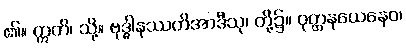
၏။ ဣတိ၊ သို့။ ဗုဒ္ဓါနုဿတိအာဒီသု၊ တို့၌။ ဝုတ္တနယေနေဝ၊